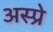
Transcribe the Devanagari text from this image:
अस्प्रे